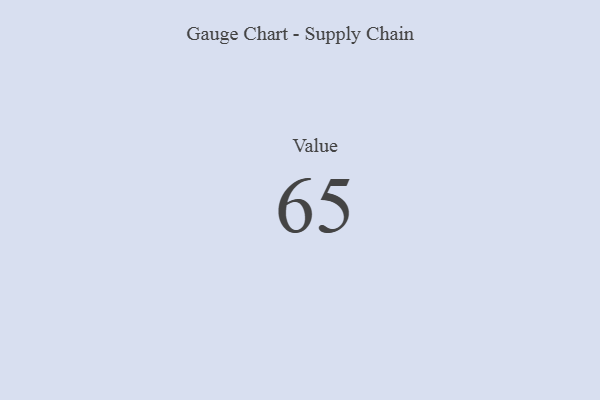
{"axis": {"x": "Metric", "y": "Value"}, "legend": [""], "data": [{"x": "Value", "y": 65, "type": ""}]}